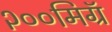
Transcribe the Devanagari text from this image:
२००मिग्रॅ